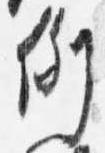
例